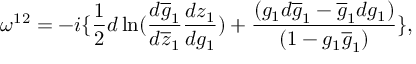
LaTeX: \omega ^ { 1 2 } = - i \{ \frac { 1 } { 2 } d \ln ( \frac { d \overline { { { g } } } _ { 1 } } { d \overline { { { z } } } _ { 1 } } \frac { d z _ { 1 } } { d g _ { 1 } } ) + \frac { ( g _ { 1 } d \overline { { { g } } } _ { 1 } - \overline { { { g } } } _ { 1 } d g _ { 1 } ) } { ( 1 - g _ { 1 } \overline { { { g } } } _ { 1 } ) } \} ,